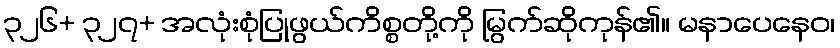
၃၂၆+ ၃၂၇+ အလုံးစုံပြုဖွယ်ကိစ္စတို့ကို မြွက်ဆိုကုန်၏။ မနာပေနေဝ၊